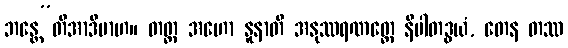
ဘန္တေ”တိအာဒိမာဟ။ တတ္ထ အဟော နူနာတိ အနုဿရဏတ္ထေ နိပါတဒွယံ, တေန တဿ